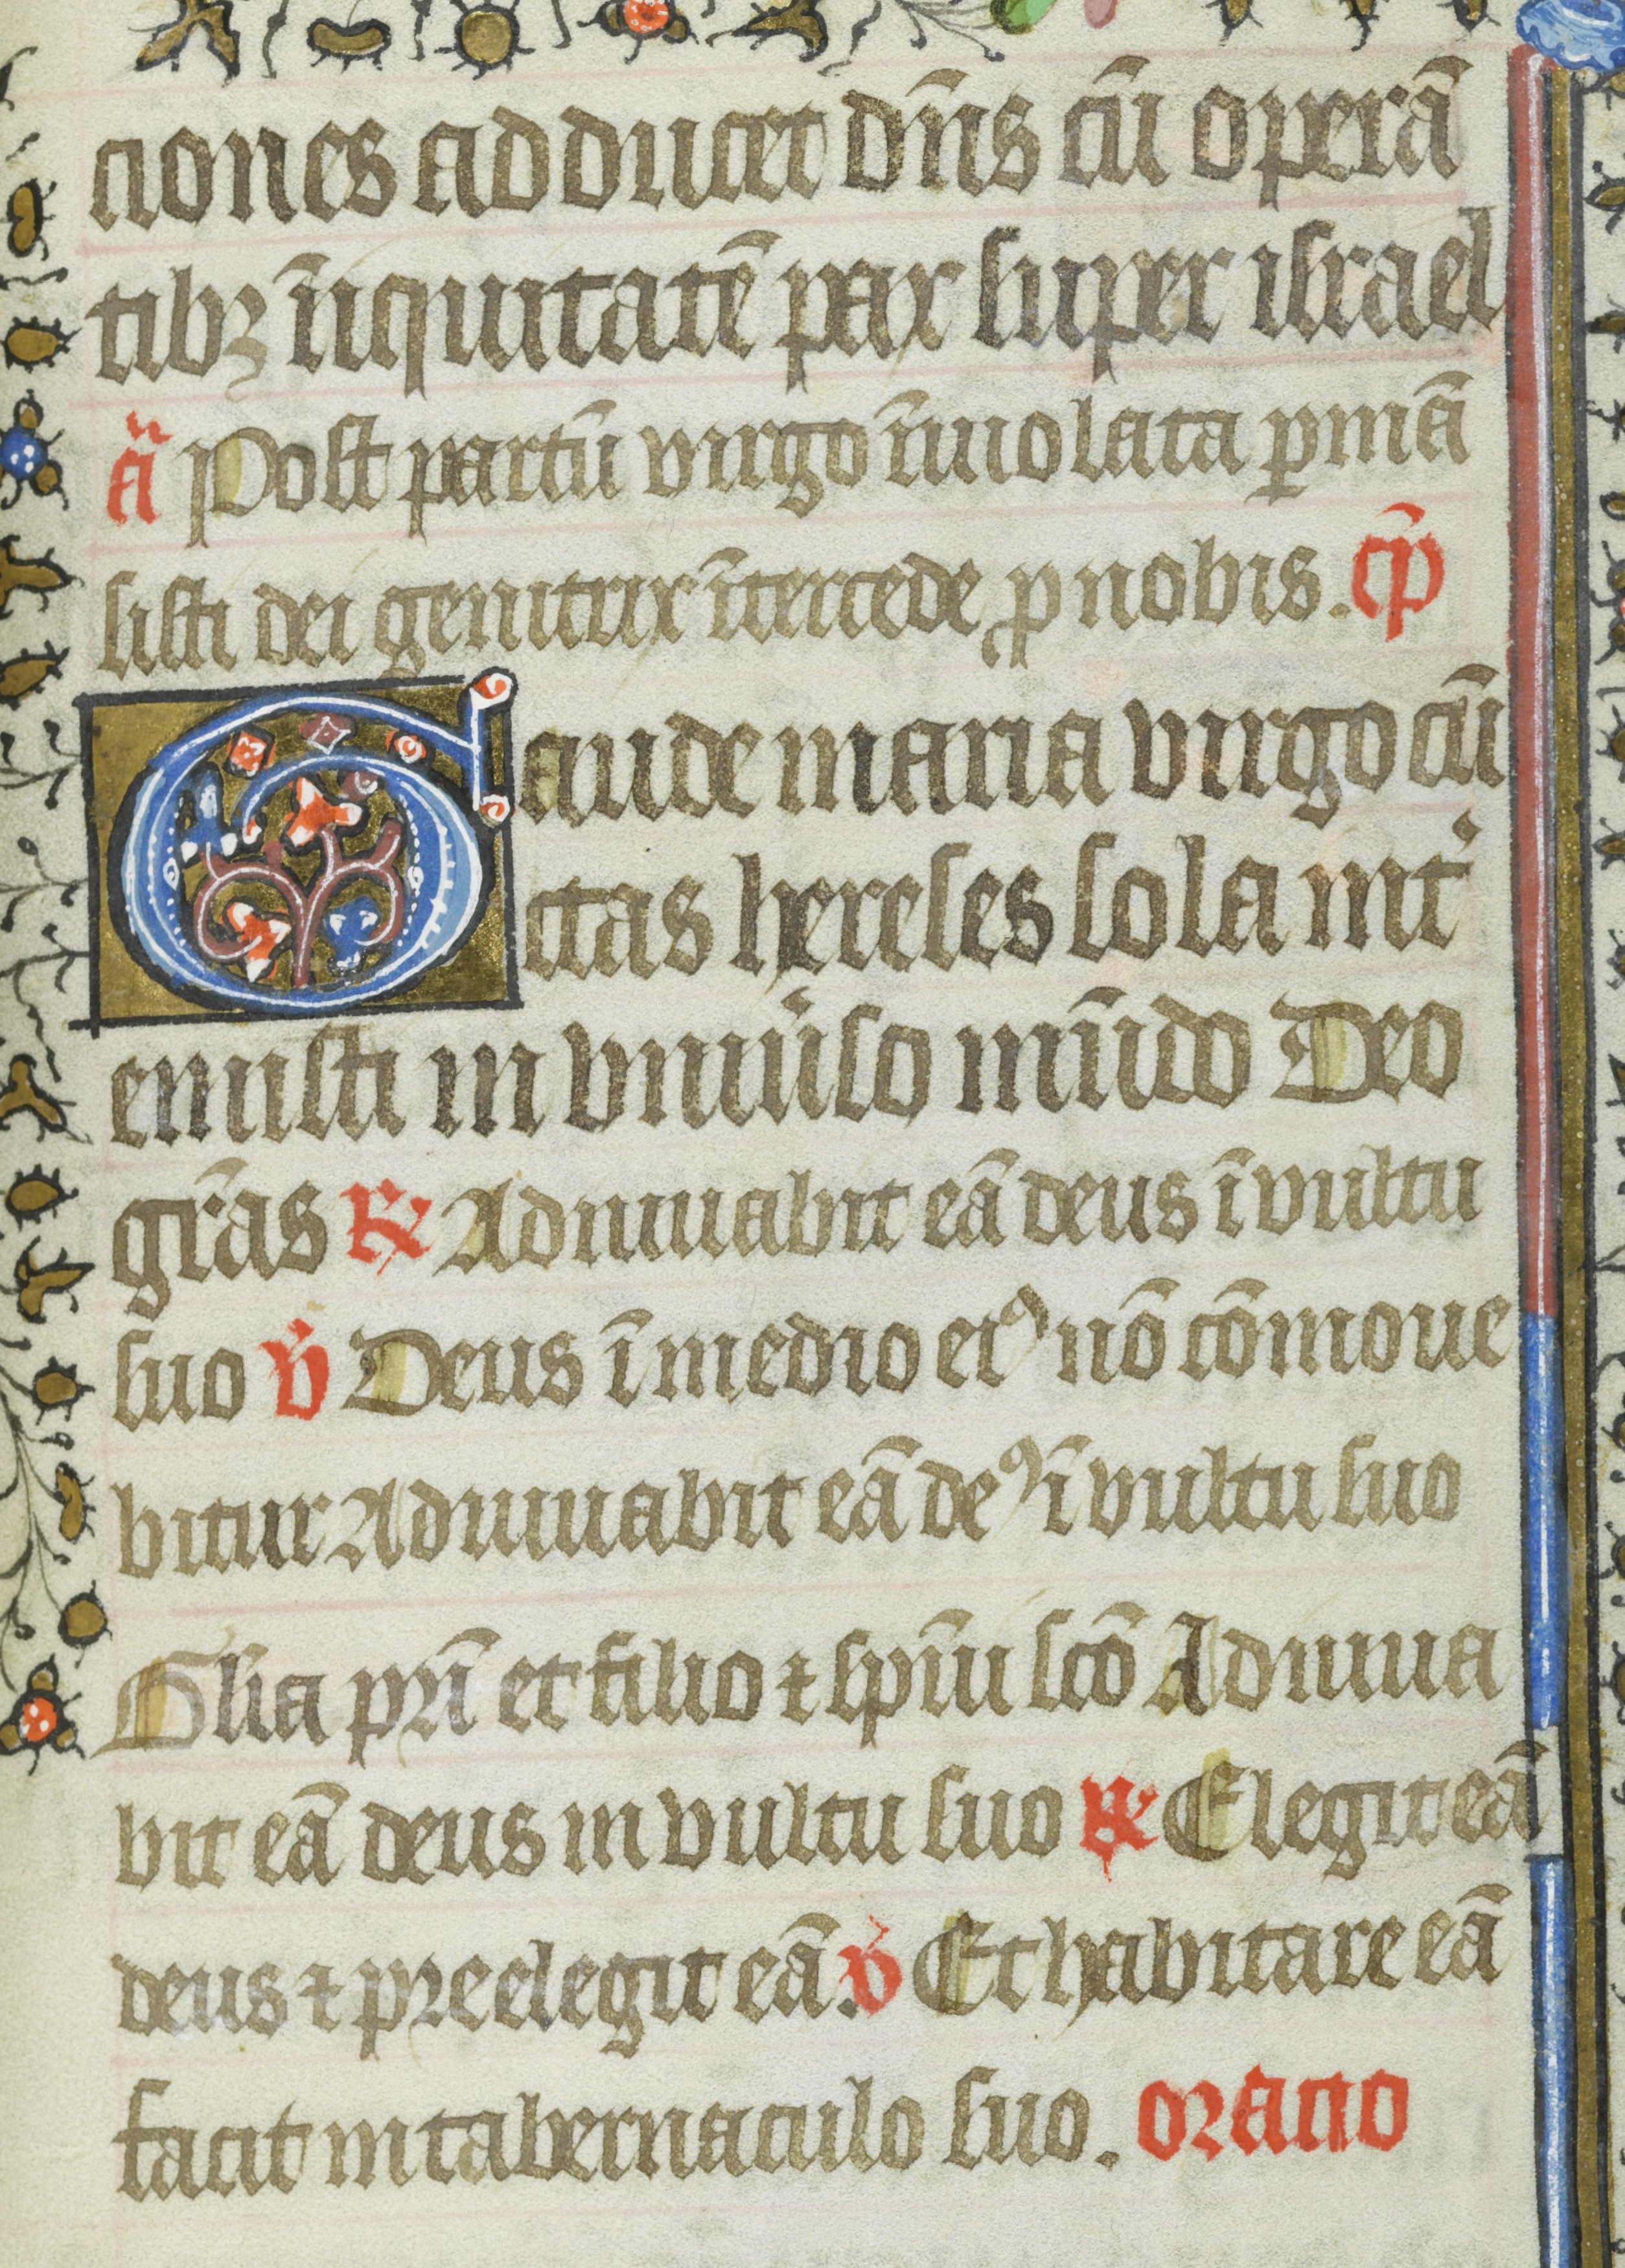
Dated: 1435–1465